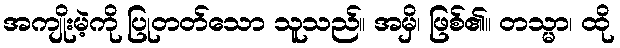
အကျိုးမဲ့ကို ပြုတတ်သော သူသည်။ အမှိ၊ ဖြစ်၏။ တသ္မာ၊ ထို